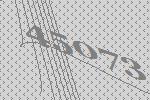
45073